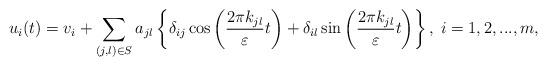
LaTeX: \begin{align*}u_i(t) = v_i + \sum_{(j,l)\in S} a_{jl}\left\{\delta_{ij}\cos\left(\frac{2\pi k_{jl} }{\varepsilon}t\right)+\delta_{il}\sin\left(\frac{2\pi k_{jl} }{\varepsilon}t\right)\right\},\;i=1,2,...,m,\end{align*}